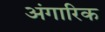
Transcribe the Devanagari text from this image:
अंगारिक